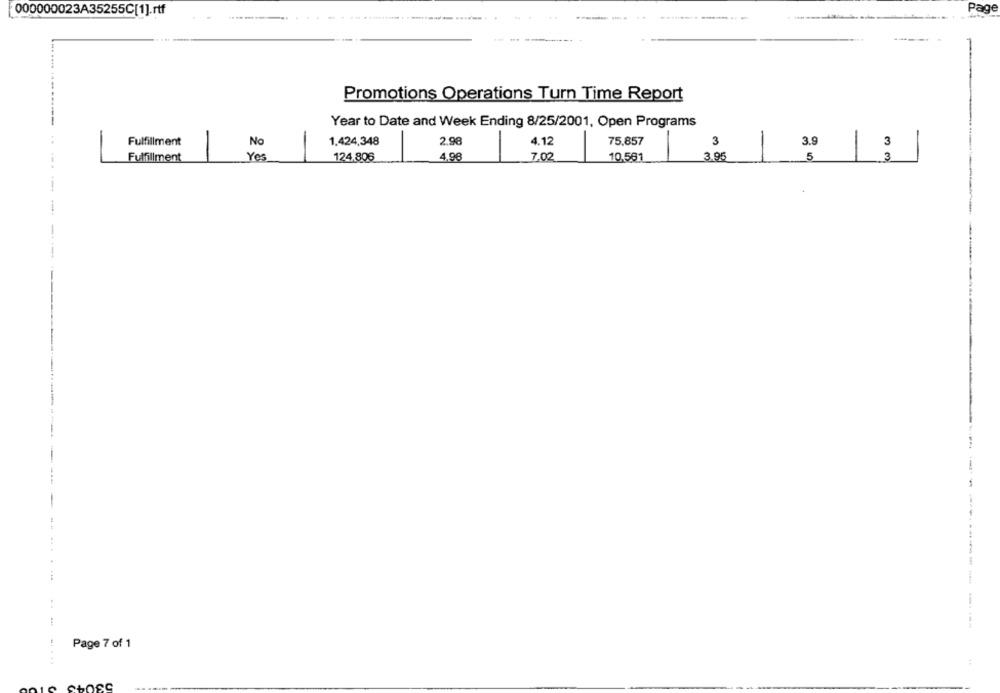
000000023A35255C[1].rtf
Page
------------
Promotions Operations Turn Time Report
Year to Date and Week Ending 8/25/2001, Open Programs
-
Fulfillment
No
1.424,348
2.98
4.12
75.857
3
3.9
3
Fulfillment
Yes
124,808
4,98
7.02
10,581
3.96
-
5
3
---
--------------
Page 7 of 1
.....